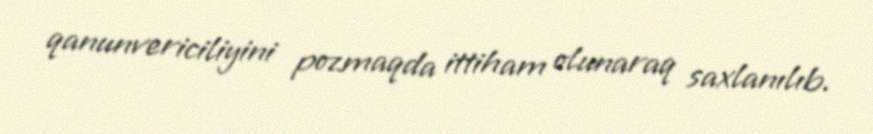
qanunvericiliyini pozmaqda ittiham olunaraq saxlanılıb.